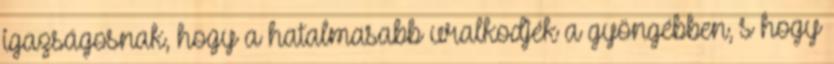
igazságosnak, hogy a hatalmasabb uralkodjék a gyöngébben, s hogy